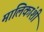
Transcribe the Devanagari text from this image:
मालिकांशी